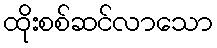
ထိုးစစ်ဆင်လာသော